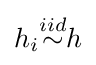
h_{i}{\overset {iid}{\sim }}h